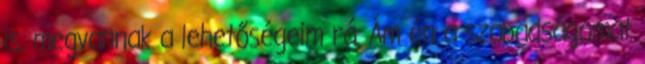
is. megvannak a lehetőségeim rá. Ám én a szabadságomat